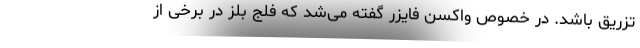
تزریق باشد. در خصوص واکسن فایزر گفته می‌شد که فلج بلز در برخی از